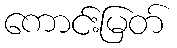
ကောင်းမြတ်